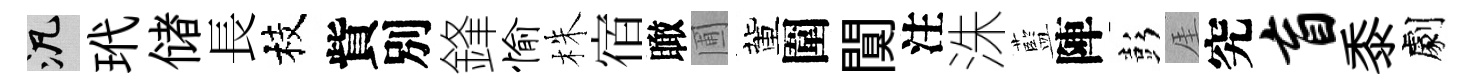
泛玳储長枝貲別鋒愉株宿瞰圃董圍闃注洙藍陣彭厓究盲黍劇